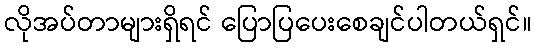
လိုအပ်တာများရှိရင် ပြောပြပေးစေချင်ပါတယ်ရှင်။